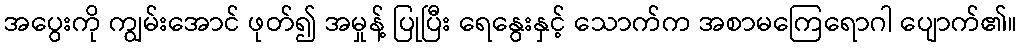
အပွေးကို ကျွမ်းအောင် ဖုတ်၍ အမှုန့် ပြုပြီး ရေနွေးနှင့် သောက်က အစာမကြေရောဂါ ပျောက်၏။